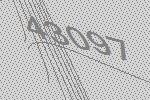
43097